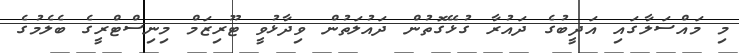
މި މައްސަލާގައި އަދީބުގެ ދައުރާ ގުޅޭގޮތުން ދައުލަތުން ވިދާޅުވީ ޓޫރިޒަމް މިނިސްޓްރީގެ ބެލެމުގެ